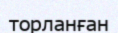
торланған